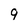
Character: 9